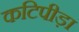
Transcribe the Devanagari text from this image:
कटिपीड़ा